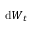
\mathrm { d } { \boldsymbol { W } _ { t } }